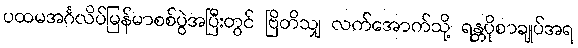
ပထမအင်္ဂလိပ်မြန်မာစစ်ပွဲအပြီးတွင် ဗြိတိသျှ လက်အောက်သို့ ရန္တပိုစာချုပ်အရ